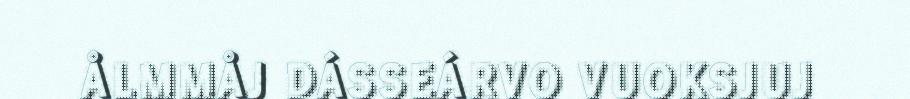
ÅLMMÅJ DÁSSEÁRVO VUOKSJUJ